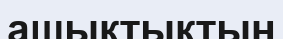
ашықтықтың